Civil Veterinary Department Bihar & Orissa reports 1929-36 - 1929-1936
Year: 1929
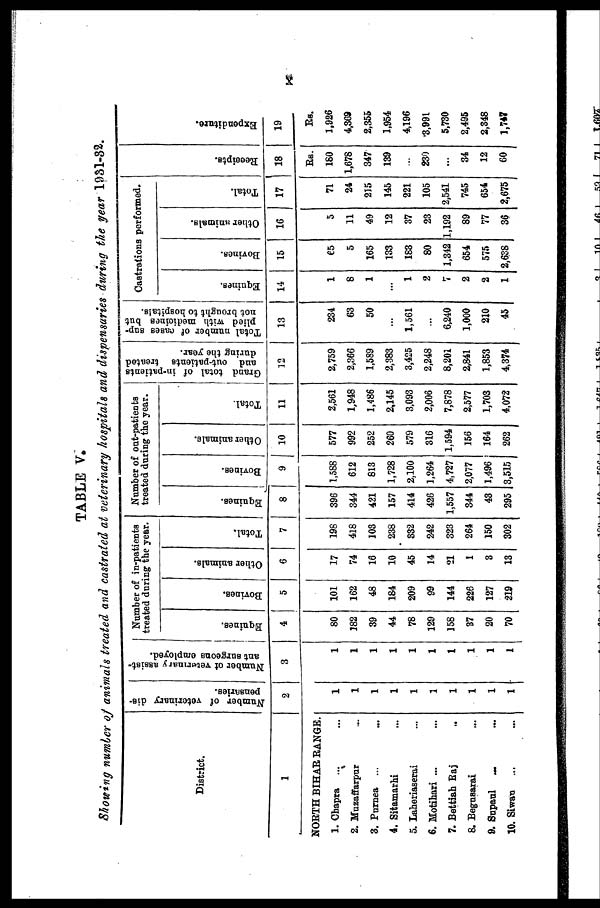
x
TABLE V.
Showing number of animals treated and castrated at veterinary hospitals and dispensaries during the year 1931-32.
District.
1
NORTH BIHAR RANGE.
1. Chapra ... ...
2. Muzaffarpur ...
3. Purnea ... ...
4. Sitamarhi ...
5. Laheriaserai...
6. Motihari ... ...
7. Bettiah Raj ...
8. Begnsarai ...
9. Snpaul
...
...
10. Siwan ... ...
Number of veterinary dis-
pensaries.
2
1
1
1
1
1
1
1
1
1
1
Number of veterinary assist-
ant surgeons employed.
3
1
1
1
1
1
1
1
1
1
1
Number of in-patients
treated during the year.
Equines.
4
80
182
39
44
78
129
158
87
20
70
Bovines.
5
101
162
48
184
209
99
144
226
127
219
Other animals.
6
17
74
16
10
45
14
21
1
3
13
Total.
7
198
418
103
238
832
242
323
264
150
302
Number of out-patients
treated during the year.
Equines.
8
396
344
421
157
414
426
1,557
344
43
295
Bovines.
9
1,588
612
813
1,728
2,100
1,264
4,727
2,077
1,496
8,515
Other animals.
10
577
992
252
260
579
316
1,594
156
164
262
Total.
11
2,561
1,948
1,486
2,145
3,093
2,006
7,878
2,577
1,703
4,072
Grand total of in-patients
and out-patients treated
during the year.
12
2,759
2,366
1,589
2,383
3,425
2,248
8,201
2341
1,853
4,374
Total number of cases sup-
plied with medicines but
not brought to hospitals.
13
234
63
50
...
1,561
...
6,240
1,000
210
45
Castrations performed.
Equines.
14
1
8
1
...
1
2
7
2
2
1
Bovines.
15
65
5
165
133
183
80
1,342
654
575
2,638
Other animals.
16
5
11
49
12
37
23
1,192
89
77
36
Total.
17
71
24
215
145
221
105
2,541
745
654
2,675
Recei pt s .
18
Rs.
180
1,678
347
139
...
230
...
34
12
60
Expendi t
ur e.
19
Rs.
1,926
4,369
2,355
1,954
4,196
3,991
5,730
2,495
2,348
1,747